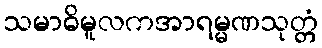
သမာဓိမူလကအာရမ္မဏသုတ္တံ